Lunatic asylums in Bengal annual reports 1888-1898 - 1888-1898
Year: 1888
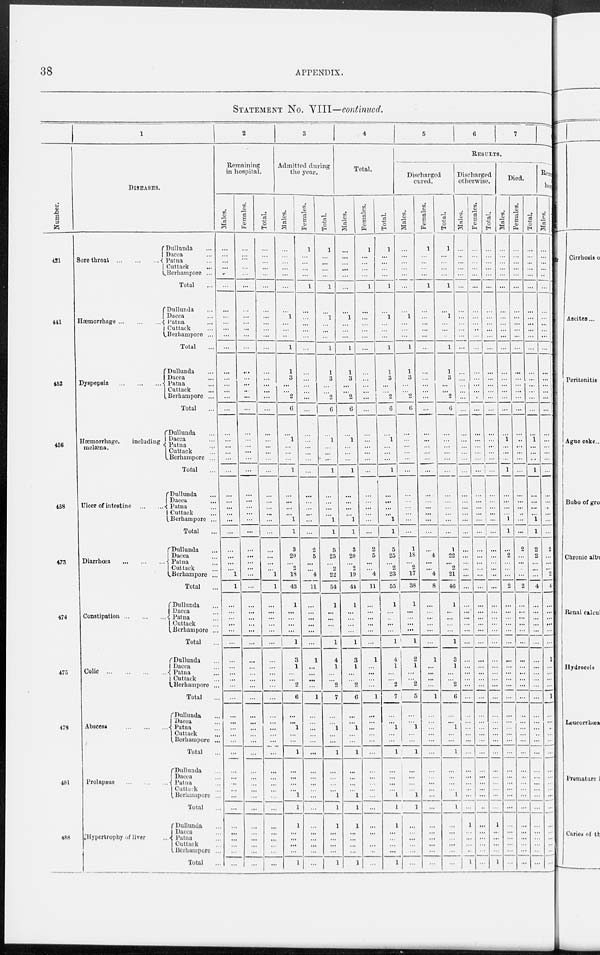
38
APPENDIX.
STATEMENT No. VIII—continued.
Number.
421
441
452
456
458
473
474
475
478
481
488
1
DISEASES.
Sore throat
...
...
...
Dullunda ...
Dacca ...
Patna ...
Cuttack ...
Berhampore ...
Total ...
Hæmorrhage ... ... ...
Dullunda ...
Dacca ...
Patna ...
Cuttack ...
Berhampore ...
Total ...
Dyspepsia
...
...
...
Dullunda ...
Dacca ...
Patna ...
Cuttack ...
Berhampore ...
Total ...
Hæmorrhage.
including
melæna.
Dullunda ...
Dacca ...
Patna ...
Cuttack ...
Berhampore ...
Total ...
Ulcer of intestine ... ...
Dullunda ...
Dacca ...
Patna ...
Cuttack ...
Berhampore ...
Total ...
Diarrhœa
...
...
...
Dullunda ...
Dacca ...
Patna ...
Cuttack ...
Berhampore ...
Total ...
Constipation
...
...
...
Dullunda ...
Dacca ...
Patna ...
Cuttack ...
Berhampore ...
Total ...
Colic
...
...
...
Dullunda ...
Dacca ...
Patna ...
Cuttack ...
Berhampore ...
Total ...
Abscess
...
...
...
Dullunda ...
Dacca ...
Patna ...
Cuttack ...
Berhampore ...
Total ...
Prolapsus
...
...
...
Dullunda ...
Dacca ...
Patna ...
Cuttack ...
Berhampore ...
Total ...
Hypertrophy of liver
...
Dullunda ...
Dacca ...
Patna ...
Cuttack ...
Berhampore ..
Total ...
2
Remaining
in hospital.
Males.
...
...
...
...
...
...
...
...
...
...
...
...
...
...
...
...
...
...
...
...
...
...
...
...
...
...
...
...
...
...
...
...
...
...
1
1
...
...
...
...
...
...
...
...
...
...
...
...
...
...
...
...
...
...
...
...
...
...
...
...
...
...
...
...
...
...
Females.
...
...
...
...
...
...
...
...
...
...
...
...
...
...
...
...
...
...
...
...
...
...
...
...
...
...
...
...
...
...
...
...
...
...
...
...
...
...
...
...
...
...
...
...
...
...
...
...
...
...
...
...
...
...
...
...
...
...
...
...
...
...
...
...
...
...
Total.
...
...
...
...
...
...
...
...
...
...
...
...
...
...
...
...
...
...
...
...
...
...
...
...
...
...
...
...
...
...
...
...
...
...
1
1
...
...
...
...
...
...
...
...
...
...
...
...
...
...
...
...
...
...
...
...
...
...
...
...
...
...
...
...
...
...
3
Admitted during
the year.
Males.
...
...
...
...
...
...
...
1
...
...
...
1
1
3
...
...
2
6
...
1
...
...
...
1
...
...
...
...
1
1
3
20
...
2
18
43
1
...
...
...
...
1
3
1
...
...
2
6
...
...
1
...
...
1
...
...
...
...
1
1
1
...
...
...
...
1
Females.
1
...
...
...
...
1
...
...
...
...
...
...
...
...
...
...
...
...
...
...
...
...
...
...
...
...
...
...
...
...
2
5
...
...
4
11
...
...
...
...
...
...
1
...
...
...
...
1
...
...
...
...
...
...
...
...
...
...
...
...
...
...
...
...
...
....
Total.
1
...
...
...
...
1
...
1
...
...
...
1
1
3
...
...
2
6
...
1
...
...
...
1
...
...
...
...
1
1
5
25
...
2
22
54
1
...
...
...
...
1
4
1
...
...
2
7
...
...
1
...
...
1
...
...
...
...
1
1
1
...
...
...
...
1
4
Total.
Males.
...
...
...
...
...
...
...
1
...
...
...
1
1
3
...
...
2
6
...
1
...
...
...
1
...
...
...
...
1
1
3
20
...
2
19
44
1
...
...
...
...
1
3
1
...
...
2
6
...
...
1
...
...
1
...
...
...
...
1
1
1
...
...
...
...
1
Females.
1
... ...
...
...
1
...
...
...
...
...
...
...
...
...
...
...
...
...
...
...
...
...
...
...
...
...
...
...
...
...
2
5
...
...
4
11
...
...
...
...
...
...
1
...
...
...
...
1
...
...
...
...
...
...
...
...
...
...
...
...
...
...
...
...
...
...
Total.
1
...
...
...
...
1
...
1
...
...
...
1
1
3
...
...
2
6
...
1
...
...
...
1
...
...
...
...
1
1
5
25
...
2
23
55
1
...
...
...
...
1
4
1
...
...
2
7
...
...
1
...
...
1
...
...
...
... 1
1
1
...
...
...
...
1
5
6
7
RESULTS.
Discharged
cured.
Males.
...
...
...
...
...
...
...
1
...
...
...
1
1
3
...
...
2
6
...
...
...
...
...
...
...
...
...
...
...
...
1
18
...
2
17
38
1
...
...
...
...
1
2
1
...
...
2
5
...
...
1
...
...
1
...
...
...
...
1
1
1
... ...
...
...
...
Females.
1
...
...
...
...
1
...
...
...
...
...
...
...
...
...
...
...
...
...
...
...
...
...
...
...
...
...
...
...
...
...
4
...
... 4
8
...
...
...
...
...
...
1
...
...
...
...
1
...
...
...
...
...
...
...
...
...
...
...
...
...
...
...
...
...
...
Total.
1
...
...
...
...
1
...
1
...
...
...
1
1
3
...
...
2
6
...
...
...
...
...
...
...
...
...
...
...
...
1
22
...
2
21
46
1
...
...
...
...
1
3
1
...
...
2
6
...
...
1
...
...
1
...
...
...
...
1
1
...
...
...
...
...
...
Discharged
otherwise.
Males.
...
...
...
...
...
...
...
...
...
...
...
...
...
...
...
...
...
...
...
...
...
...
...
...
...
...
...
...
...
...
...
...
...
...
...
...
...
...
...
...
...
...
...
...
...
...
...
...
...
...
...
...
...
...
...
...
...
...
...
...
1
...
...
...
...
1
Females.
...
...
...
...
...
...
...
...
...
...
...
...
...
...
...
...
...
...
...
...
...
...
...
...
...
...
...
...
...
...
...
...
...
...
...
...
...
...
...
...
...
...
...
...
...
...
...
...
...
...
...
...
...
...
...
...
...
...
...
...
...
...
...
...
...
...
Total.
...
...
...
...
...
...
...
...
...
...
...
...
...
...
...
...
...
...
...
...
...
...
...
...
...
...
...
...
...
...
...
...
...
...
...
...
...
...
...
...
...
...
...
...
...
...
...
...
...
...
...
...
...
...
...
...
...
...
...
...
1
...
...
...
...
1
Died.
Males.
...
...
...
...
...
...
...
...
...
...
...
...
...
...
...
...
...
...
...
1
...
...
...
1
...
...
...
...
1
1
...
2
...
...
...
2
...
...
...
...
...
...
...
...
...
...
...
...
...
...
...
...
...
...
...
...
...
...
...
...
...
...
...
...
...
...
Females.
...
...
...
...
...
...
...
...
...
...
...
...
...
...
...
...
...
...
...
..
...
...
...
...
...
...
...
...
...
...
2
...
...
...
...
2
...
...
...
...
...
...
...
...
...
...
...
...
...
...
...
...
...
...
...
...
...
...
...
...
...
...
...
...
...
...
Total.
...
...
...
...
...
...
...
...
...
...
...
...
...
...
...
...
...
...
...
1
...
...
...
1
...
...
...
...
1
1
2
2
...
...
...
4
...
...
...
...
...
...
...
...
...
...
...
...
...
...
...
...
...
...
...
...
...
...
...
...
...
...
...
...
...
...
Remaining in
Hospital
Males.
...
...
...
...
...
...
...
...
...
...
...
...
...
...
...
...
...
...
...
...
...
...
...
...
...
...
...
...
...
...
2
...
...
...
...
...
...
...
...
...
...
...
...
...
...
...
...
...
...
...
...
...
...
...
...
...
...
...
...
...
...
...
...
...
...
...
Females.
...
...
...
...
...
...
...
...
...
...
...
...
...
...
...
... ...
...
...
...
...
...
...
...
...
...
...
...
...
...
2
...
...
... 2
4
...
...
...
...
...
...
1
...
...
...
...
1
...
...
...
...
...
...
...
...
...
...
...
...
...
...
...
...
...
...